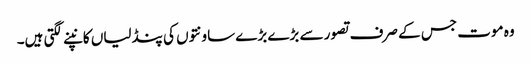
وہ موت جس کے صرف تصور سے بڑے بڑے ساونتوں کی پنڈلیاں کانپنے لگتی ہیں۔